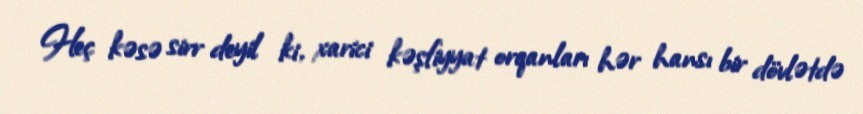
Heç kəsə sirr deyil ki, xarici kəşfiyyat orqanları hər hansı bir dövlətdə